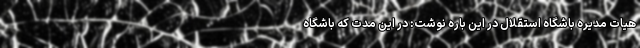
هیات مدیره باشگاه استقلال در این باره نوشت: در این مدت که باشگاه